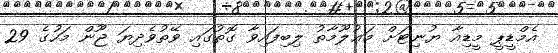
އެމްޑީޕީ މީޑިއާ ޔުނިޓަށް މަޢުލޫމާތު ލިބިފައިވާ ގޮތުގައި ވޭތުވެދިޔަ ޖޫން މަހުގެ 29